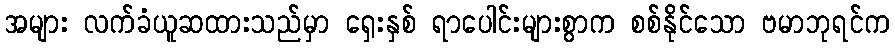
အများ လက်ခံယူဆထားသည်မှာ ရှေးနှစ် ရာပေါင်းများစွာက စစ်နိုင်သော ဗမာဘုရင်က